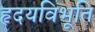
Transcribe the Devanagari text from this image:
हृदयविभूति